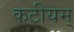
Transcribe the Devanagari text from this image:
कटीयम्‌